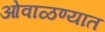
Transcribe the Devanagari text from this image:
ओवाळण्यात